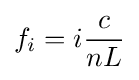
f_{i}=i{\frac {c}{nL}}